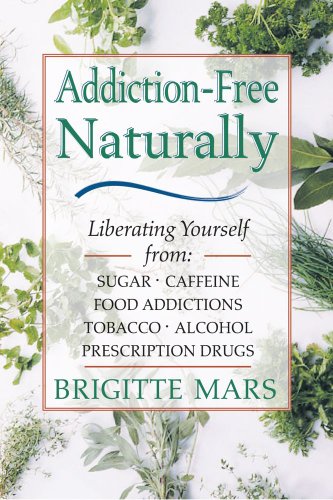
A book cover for Addiction-Free--Naturally: Liberating Yourself from Tobacco, Caffeine, Sugar, Alcohol, Prescription Drugs; Brigitte Mars A.H.G.; Health, Fitness & Dieting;